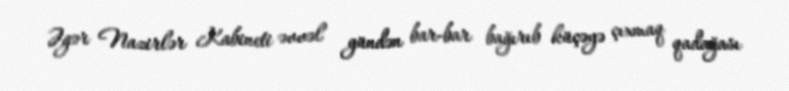
Əgər Nazirlər Kabineti əvvəl gündən bar-bar bağırıb küçəyə çıxmaq qadağası